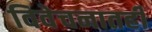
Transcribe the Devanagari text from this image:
विवेचनातही